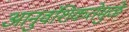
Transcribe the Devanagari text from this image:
आनुवंशिकतेमुळे